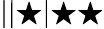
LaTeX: ||\bigstar|\bigstar\bigstar